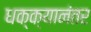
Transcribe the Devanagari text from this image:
धक्क्यानंतर